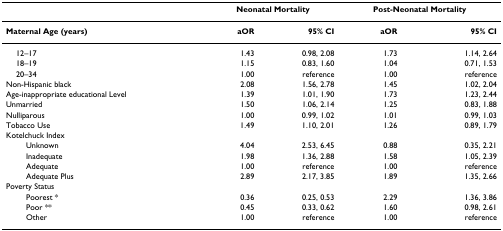
|  | <COLSPAN=2> Neonatal Mortality | <COLSPAN=2> Post-Neonatal Mortality |
 | --- | --- | --- | --- | --- |
 | Maternal Age (years) | aOR | 95% CI | aOR | 95% CI |
 | 12–17 | 1.43 | 0.98, 2.08 | 1.73 | 1.14, 2.64 |
 | 18–19 | 1.15 | 0.83, 1.60 | 1.04 | 0.71, 1.53 |
 | 20–34 | 1.00 | reference | 1.00 | reference |
 | Non-Hispanic black | 2.08 | 1.56, 2.78 | 1.45 | 1.02, 2.04 |
 | Age-inappropriate educational Level | 1.39 | 1.01, 1.90 | 1.73 | 1.23, 2.44 |
 | Unmarried | 1.50 | 1.06, 2.14 | 1.25 | 0.83, 1.88 |
 | Nulliparous | 1.00 | 0.99, 1.02 | 1.01 | 0.99, 1.03 |
 | Tobacco Use | 1.49 | 1.10, 2.01 | 1.26 | 0.89, 1.79 |
 | <COLSPAN=5> Kotelchuck Index |
 | Unknown | 4.04 | 2.53, 6.45 | 0.88 | 0.35, 2.21 |
 | Inadequate | 1.98 | 1.36, 2.88 | 1.58 | 1.05, 2.39 |
 | Adequate | 1.00 | reference | 1.00 | reference |
 | Adequate Plus | 2.89 | 2.17, 3.85 | 1.89 | 1.35, 2.66 |
 | <COLSPAN=5> Poverty Status |
 | Poorest * | 0.36 | 0.25, 0.53 | 2.29 | 1.36, 3.86 |
 | Poor ** | 0.45 | 0.33, 0.62 | 1.60 | 0.98, 2.61 |
 | Other | 1.00 | reference | 1.00 | reference |